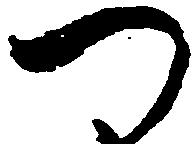
つ